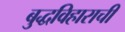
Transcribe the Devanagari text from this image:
बुद्धविहाराची